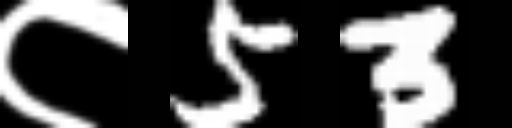
Text: ८53